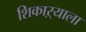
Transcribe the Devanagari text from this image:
शिकाऱ्याला